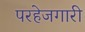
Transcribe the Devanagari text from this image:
परहेजगारी